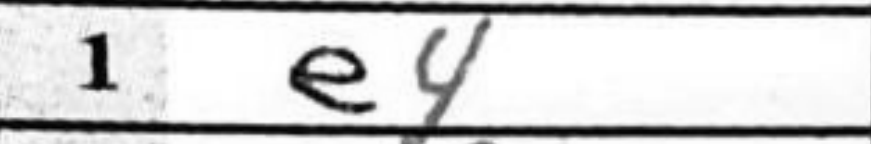
Transcription: e4